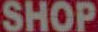
SHOP